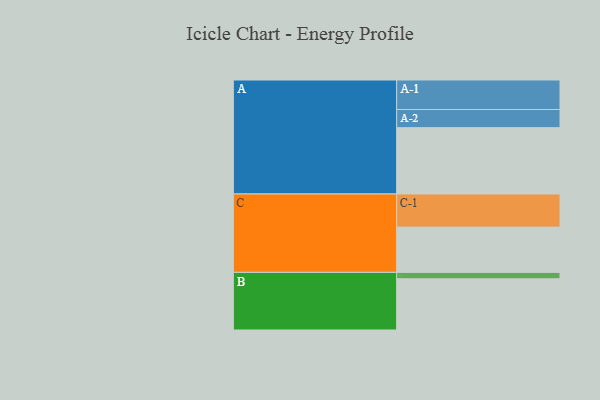
{"axis": {"x": "Segment", "y": "Value"}, "legend": ["", "A", "B", "C"], "data": [{"x": "A", "y": 580, "type": ""}, {"x": "B", "y": 448, "type": ""}, {"x": "C", "y": 396, "type": ""}, {"x": "A-1", "y": 258, "type": "A"}, {"x": "A-2", "y": 159, "type": "A"}, {"x": "B-1", "y": 56, "type": "B"}, {"x": "C-1", "y": 290, "type": "C"}]}